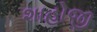
શાહોજી